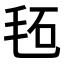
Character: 𣭏